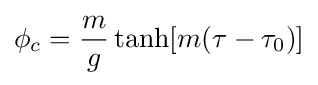
\phi _{c}={\frac {m}{g}}\tanh[m(\tau -\tau _{0})]